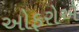
ઓફરોએ